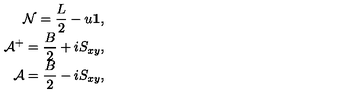
\begin{array} { r l } { \displaystyle { \cal N } = \frac { L } { 2 } - u { \bf 1 } , } \\ { \displaystyle { \cal A } ^ { + } = \frac { B } { 2 } + i S _ { x y } , } \\ { \displaystyle { \cal A } = \frac { B } { 2 } - i S _ { x y } , } \\ \end{array}